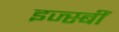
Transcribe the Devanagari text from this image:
इज्स्बीं